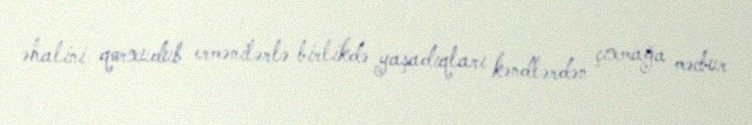
əhalini qorxudub ermənilərlə birlikdə yaşadıqları kəndlərdən çıxmağa məcbur